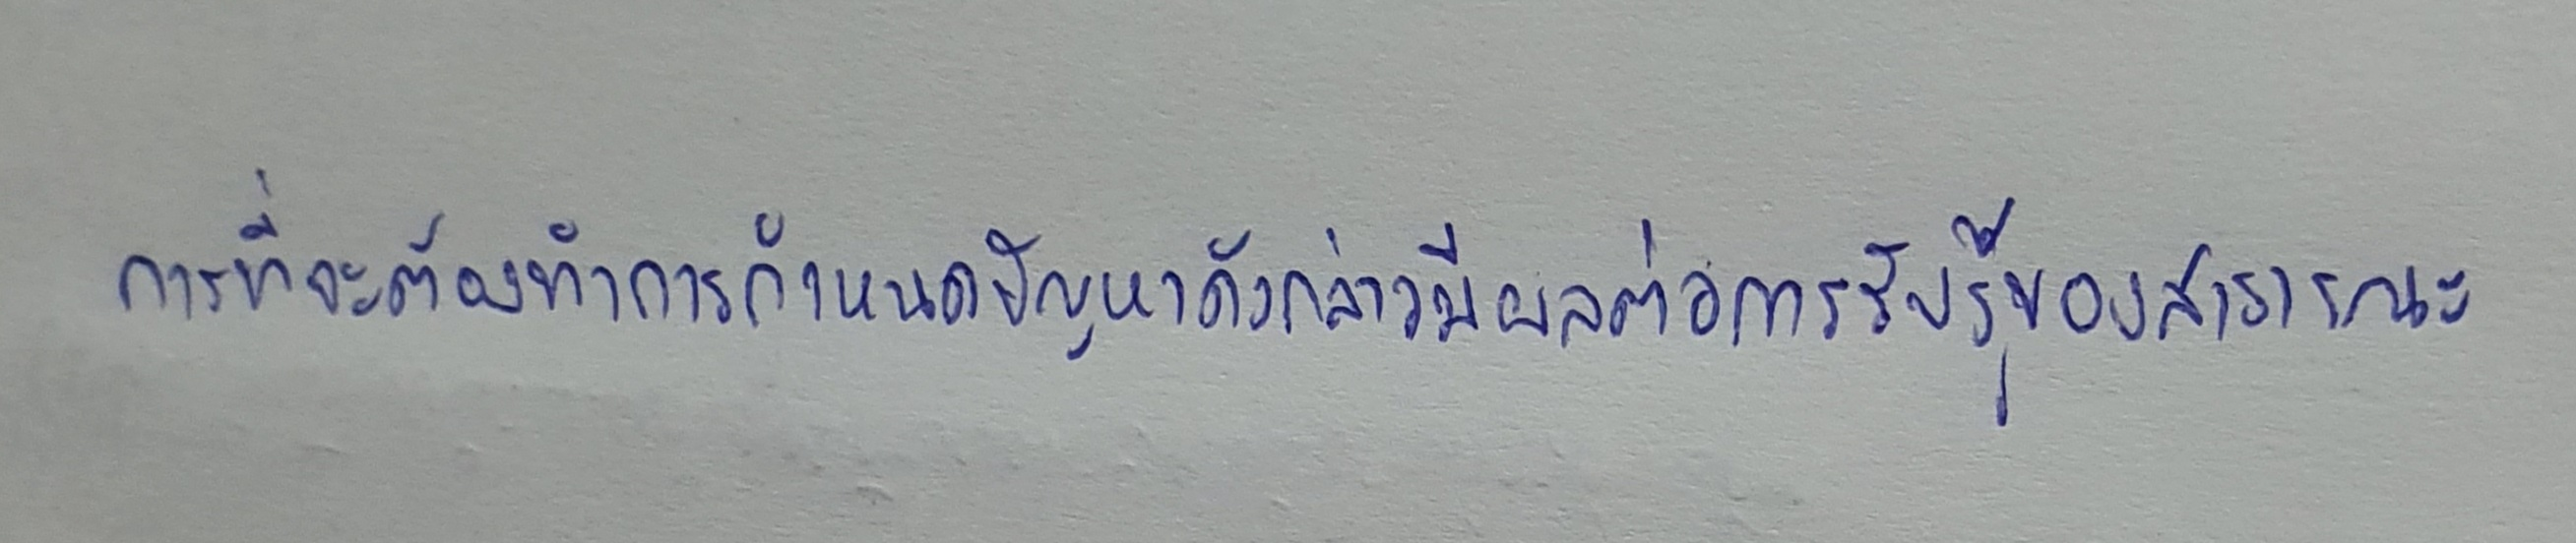
การที่จะต้องทำการกำหนดปัญหาดังกล่าวมีผลต่อการรับรู้ของสาธารณะ